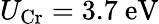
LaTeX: U_{\mathrm{Cr}}=3.7\ \mathrm{eV}